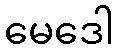
မေဒေါ